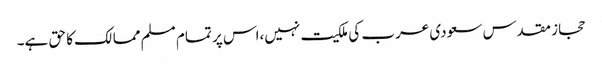
حجاز مقدس سعودی عرب کی ملکیت نہیں،اس پر تمام مسلم ممالک کا حق ہے۔